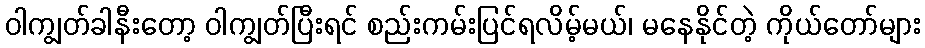
ဝါကျွတ်ခါနီးတော့ ဝါကျွတ်ပြီးရင် စည်းကမ်းပြင်ရလိမ့်မယ်၊ မနေနိုင်တဲ့ ကိုယ်တော်များ